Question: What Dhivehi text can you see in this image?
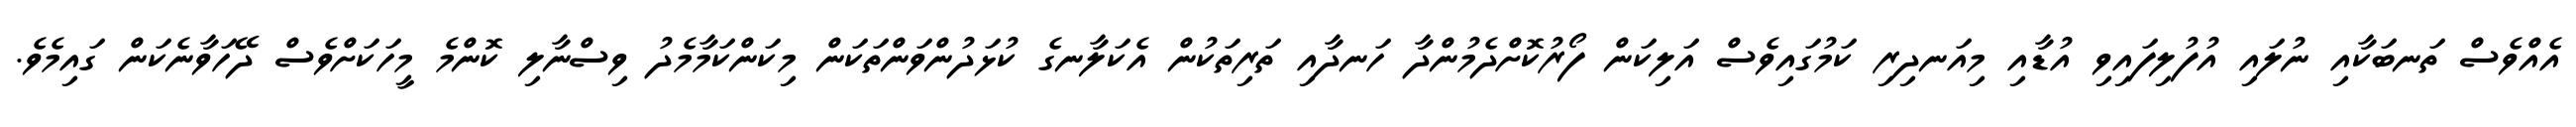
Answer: އެއްވެސް ތަނބަކާއި ނުލައި އުފުލިފައިވި އުޑާއި މިއަނދިރި ކަމުގައިވެސް އަލިކަން ފޯރުކޮށްދެމުންދާ ހަނދާއި ތަރިތަކުން އެކަލާނގެ ކުޅަދުންވަންތަކަން މިކަންކަމާމެދު ވިސްނާލި ކޮންމެ މީހަކަށްވެސް ދޭހަވާނެކަން ގައިމެވެ.